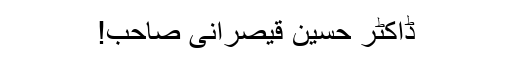
ڈاکٹر حسین قیصرانی صاحب!